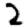
Digit: 2